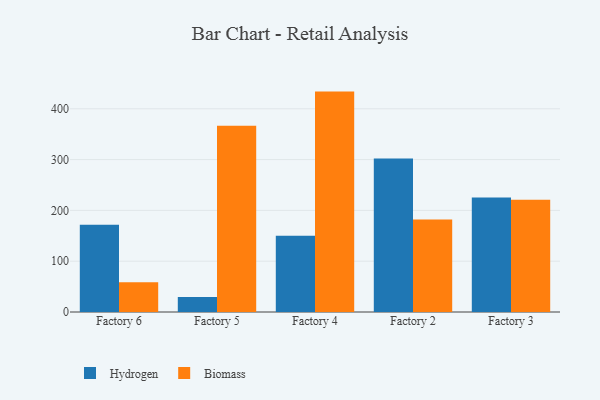
{"axis": {"x": "Factory", "y": "Market Share (%)"}, "legend": ["Biomass", "Hydrogen"], "data": [{"x": "Factory 6", "y": 171.6, "type": "Hydrogen"}, {"x": "Factory 6", "y": 58.5, "type": "Biomass"}, {"x": "Factory 5", "y": 29.6, "type": "Hydrogen"}, {"x": "Factory 5", "y": 366.5, "type": "Biomass"}, {"x": "Factory 4", "y": 149.9, "type": "Hydrogen"}, {"x": "Factory 4", "y": 433.8, "type": "Biomass"}, {"x": "Factory 2", "y": 302.2, "type": "Hydrogen"}, {"x": "Factory 2", "y": 182.2, "type": "Biomass"}, {"x": "Factory 3", "y": 225.5, "type": "Hydrogen"}, {"x": "Factory 3", "y": 220.9, "type": "Biomass"}]}